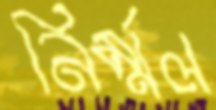
নির্ম্মল